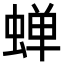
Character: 蝉